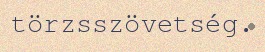
törzsszövetség.